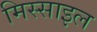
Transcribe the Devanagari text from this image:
मिस्साइल